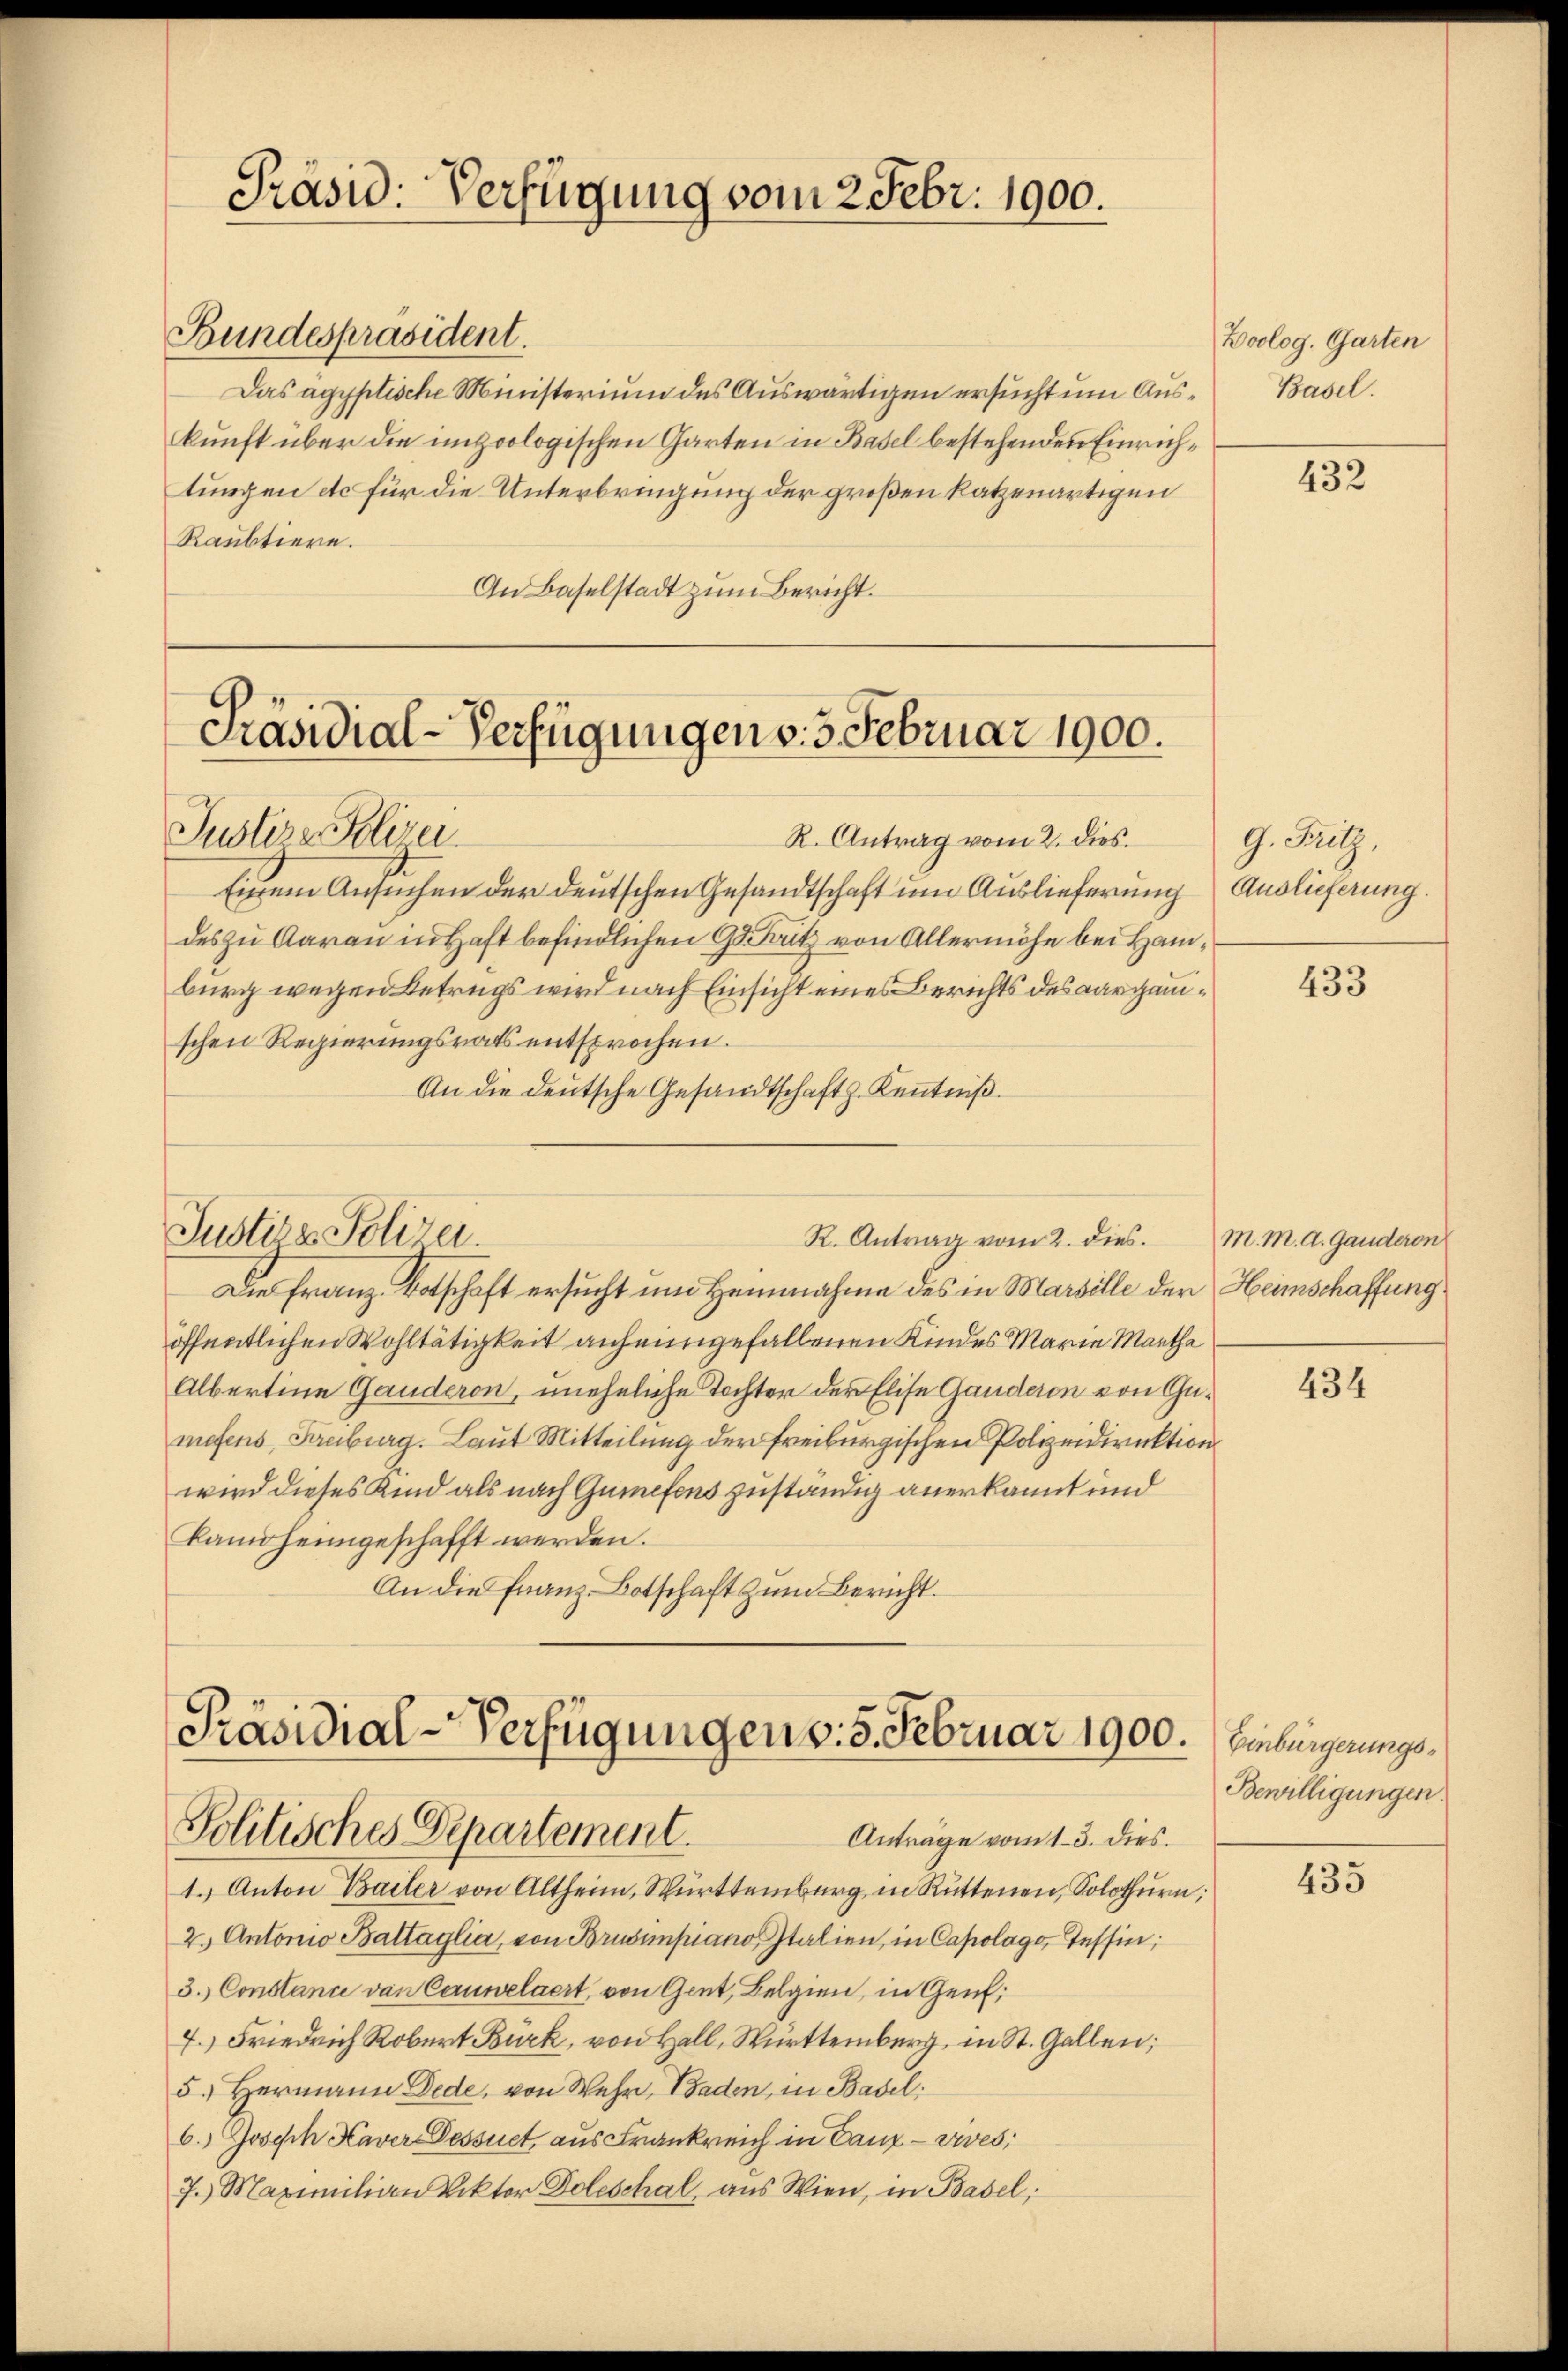
Präsid. Verfügung vom 2 Febr. 1900.

Bundespräsident.
Das agyptische Ministerium des Auswärtigen ersucht um Aus-Basel.
kunft über die impoologischen Garten in Basel bestehenden Einrichtungen etc für die Unterbringung der großen Ratzenartigen
Raubtiere.
An Baselstadt zum Bericht.

Präsidial-Verfügungen v. 5. Februar 1900.
Justire Polizei.
R. Antrag vom 2. dies.

Justiz & Polizei.

R. Antrag vom 2. dies

Präsidial-Verfügungen v. 5. Februar 1900. Einbürgerungs¬
Politisches Departement.
Anträge vom 13. dies.

1.) Anton Bailer von Altheim, Württemberg in Rüttenen, Solothŭrn:
2.) Antonio Baltaglia, von Brusimpiano Italien, in Capolago, Tessin;
3. Constance von Cauwelaert, von Gent, Belgien, in Gen
7.) Friedrich Robert Bürk, von Hall, Württemberg, in St. Gallen;
5.) Hermann Dede, von Wehr, Baden, in Basel;
6.) Joseph Kaver Dessuet, aus Frankreich in Ganz - vives;
7. Maximilian Doktor Doleschal, aus Wien, in Basel;

Boolog. Garten

Einem Ansuchen der deutschen Gesandtschaft um Auslieferung Auslieferung.
des zu Aarau in Haft befindlichen G. Satz von Allermöhe bei Hamburg wegen Betrugs wird nach Einsicht eines Berichts des aargauischen Regierungsrats entsprochen.
An die deutsche Gesandtschaft z. Kenntniß.

Die Franz Botschaft ersucht um Heinnahme des in Marsille der Heimschaffung
öffentlichen Wohltätigkeit anheimgefallenen Kindes Marie Martha
Albertine Gauderon, uneheliche Tochter der Elise Ganderen von Gumefens, Freiburg. Laut Mitteilung der Freiburgischen Polizeidirektion
wird dieses Kind als nach Gumefens zuständig anerkannt und
kamheimgeschafft werden.
An die Franz-Botschaft zum Bericht.

432

G. Filz.

433

M. M. A. Gauderon

434

Bewilligungen.

435